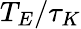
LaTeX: T_{E}/\tau_{K}